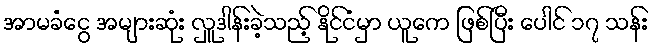
အာမခံငွေ အများဆုံး လှူဒါန်းခဲ့သည့် နိုင်ငံမှာ ယူကေ ဖြစ်ပြီး ပေါင် ၁၇ သန်း